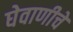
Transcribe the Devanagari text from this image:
घेवाणीचे